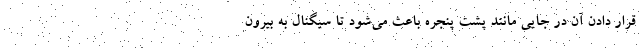
قرار دادن آن در جایی مانند پشت پنجره باعث می‌شود تا سیگنال به بیرون